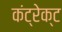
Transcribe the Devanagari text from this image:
कंट्रेक्ट